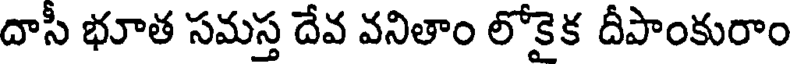
దాసీ భూత సమస్త దేవ వనితాం లోకైక దీపాంకురాం